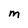
Character: M